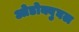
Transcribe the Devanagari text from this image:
ओडोक्वुघल